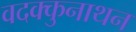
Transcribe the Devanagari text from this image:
वदक्कुनाथन